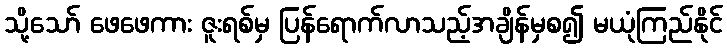
သို့သော် ဖေဖေကား ဇူးရစ်မှ ပြန်ရောက်လာသည့်အချိန်မှစ၍ မယုံကြည်နိုင်